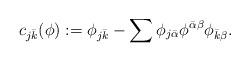
LaTeX: \begin{align*} c_{j\bar k}(\phi):=\phi_{j\bar k}-\sum\phi_{j\bar \alpha}\phi^{\bar \alpha\beta}\phi_{\bar k \beta}.\end{align*}